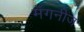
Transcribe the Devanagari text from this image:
मॅगनीज